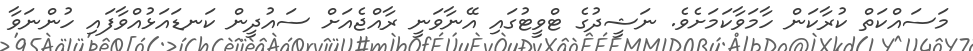
މަސައްކަތް ކުރާކަން ހާމަވާކަމަށެވެ. ނަޝީދުގެ ޓްވީޓުގައި އޭނާވަނީ ރާއްޖެއަށް ސައުދީން ކަނޑައަޅުއްވާފައި ހުންނަވާ